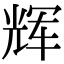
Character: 辉